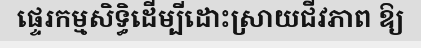
ផ្ទេរកម្មសិទ្ធិដើម្បីដោះស្រាយជីវភាព ឱ្យ